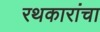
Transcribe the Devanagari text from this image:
रथकारांचा